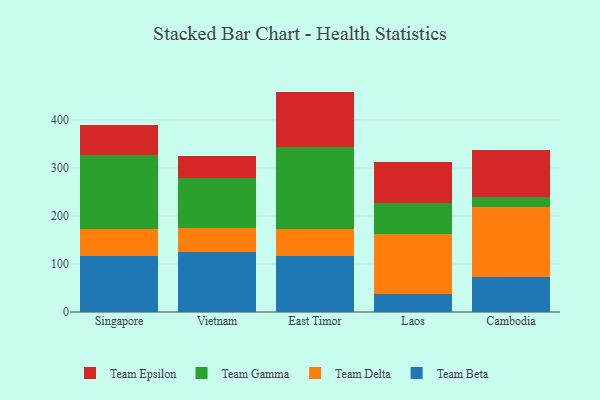
{"axis": {"x": "Country", "y": "Net Income (USD K)"}, "legend": ["Team Beta", "Team Delta", "Team Epsilon", "Team Gamma"], "data": [{"x": "Singapore", "y": 116.5, "type": "Team Beta"}, {"x": "Singapore", "y": 57.3, "type": "Team Delta"}, {"x": "Singapore", "y": 153.6, "type": "Team Gamma"}, {"x": "Singapore", "y": 62.9, "type": "Team Epsilon"}, {"x": "Vietnam", "y": 124.7, "type": "Team Beta"}, {"x": "Vietnam", "y": 49.2, "type": "Team Delta"}, {"x": "Vietnam", "y": 104.8, "type": "Team Gamma"}, {"x": "Vietnam", "y": 46.9, "type": "Team Epsilon"}, {"x": "East Timor", "y": 116.7, "type": "Team Beta"}, {"x": "East Timor", "y": 55.8, "type": "Team Delta"}, {"x": "East Timor", "y": 171.3, "type": "Team Gamma"}, {"x": "East Timor", "y": 115.1, "type": "Team Epsilon"}, {"x": "Laos", "y": 36.8, "type": "Team Beta"}, {"x": "Laos", "y": 124.9, "type": "Team Delta"}, {"x": "Laos", "y": 64.8, "type": "Team Gamma"}, {"x": "Laos", "y": 86.2, "type": "Team Epsilon"}, {"x": "Cambodia", "y": 72.8, "type": "Team Beta"}, {"x": "Cambodia", "y": 146.6, "type": "Team Delta"}, {"x": "Cambodia", "y": 20.2, "type": "Team Gamma"}, {"x": "Cambodia", "y": 98.0, "type": "Team Epsilon"}]}